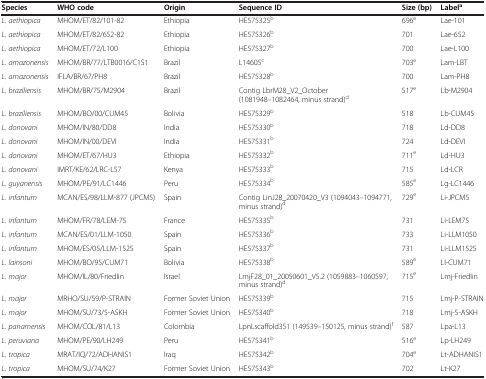
<table><thead><tr><td><b>Species</b></td><td><b>WHO code</b></td><td><b>Origin</b></td><td><b>Sequence ID</b></td><td><b>Size (bp)</b></td><td><b>Label<sup>a</sup></b></td></tr></thead><tbody><tr><td><i>L. aethiopica</i></td><td>MHOM/ET/82/101-82</td><td>Ethiopia</td><td>HE575325<sup>b</sup></td><td>696<sup>e</sup></td><td>Lae-101</td></tr><tr><td><i>L. aethiopica</i></td><td>MHOM/ET/82/652-82</td><td>Ethiopia</td><td>HE575326<sup>b</sup></td><td>701</td><td>Lae-652</td></tr><tr><td><i>L. aethiopica</i></td><td>MHOM/ET/72/L100</td><td>Ethiopia</td><td>HE575327<sup>b</sup></td><td>700</td><td>Lae-L100</td></tr><tr><td><i>L. amazonensis</i></td><td>MHOM/BR/77/LTB0016/C1S1</td><td>Brazil</td><td>L14605<sup>c</sup></td><td>703<sup>e</sup></td><td>Lam-LBT</td></tr><tr><td><i>L. amazonensis</i></td><td>IFLA/BR/67/PH8</td><td>Brazil</td><td>HE575328<sup>b</sup></td><td>700</td><td>Lam-PH8</td></tr><tr><td><i>L. braziliensis</i></td><td>MHOM/BR/75/M2904</td><td>Brazil</td><td>Contig LbrM28_V2_October (1081948–1082464, minus strand)<sup>d</sup></td><td>517<sup>e</sup></td><td>Lb-M2904</td></tr><tr><td><i>L. braziliensis</i></td><td>MHOM/BO/00/CUM45</td><td>Bolivia</td><td>HE575329<sup>b</sup></td><td>518</td><td>Lb-CUM45</td></tr><tr><td><i>L. donovani</i></td><td>MHOM/IN/80/DD8</td><td>India</td><td>HE575330<sup>b</sup></td><td>718</td><td>Ld-DD8</td></tr><tr><td><i>L. donovani</i></td><td>MHOM/IN/00/DEVI</td><td>India</td><td>HE575331<sup>b</sup></td><td>724</td><td>Ld-DEVI</td></tr><tr><td><i>L. donovani</i></td><td>MHOM/ET/67/HU3</td><td>Ethiopia</td><td>HE575332<sup>b</sup></td><td>711<sup>e</sup></td><td>Ld-HU3</td></tr><tr><td><i>L. donovani</i></td><td>IMRT/KE/62/LRC-L57</td><td>Kenya</td><td>HE575333<sup>b</sup></td><td>715</td><td>Ld-LCR</td></tr><tr><td><i>L. guyanensis</i></td><td>MHOM/PE/91/LC1446</td><td>Peru</td><td>HE575334<sup>b</sup></td><td>585<sup>e</sup></td><td>Lg-LC1446</td></tr><tr><td><i>L. infantum</i></td><td>MCAN/ES/98/LLM-877 (JPCM5)</td><td>Spain</td><td>Contig LinJ28_20070420_V3 (1094043–1094771, minus strand)<sup>d</sup></td><td>729<sup>e</sup></td><td>Li-JPCM5</td></tr><tr><td><i>L. infantum</i></td><td>MHOM/FR/78/LEM-75</td><td>France</td><td>HE575335<sup>b</sup></td><td>731</td><td>Li-LEM75</td></tr><tr><td><i>L. infantum</i></td><td>MCAN/ES/01/LLM-1050</td><td>Spain</td><td>HE575336<sup>b</sup></td><td>733</td><td>Li-LLM1050</td></tr><tr><td><i>L. infantum</i></td><td>MHOM/ES/05/LLM-1525</td><td>Spain</td><td>HE575337<sup>b</sup></td><td>731</td><td>Li-LLM1525</td></tr><tr><td><i>L. lainsoni</i></td><td>MHOM/BO/95/CUM71</td><td>Bolivia</td><td>HE575338<sup>b</sup></td><td>589<sup>e</sup></td><td>Ll-CUM71</td></tr><tr><td><i>L. major</i></td><td>MHOM/IL/80/Friedlin</td><td>Israel</td><td>LmjF28_01_20050601_V5.2 (1059883–1060597, minus strand)<sup>d</sup></td><td>715<sup>e</sup></td><td>Lmj-Friedlin</td></tr><tr><td><i>L. major</i></td><td>MRHO/SU/59/P-STRAIN</td><td>Former Soviet Union</td><td>HE575339<sup>b</sup></td><td>715</td><td>Lmj-P-STRAIN</td></tr><tr><td><i>L. major</i></td><td>MHOM/SU/73/5-ASKH</td><td>Former Soviet Union</td><td>HE575340<sup>b</sup></td><td>718</td><td>Lmj-5-ASKH</td></tr><tr><td><i>L. panamensis</i></td><td>MHOM/COL/81/L13</td><td>Colombia</td><td>LpnLscaffold351 (149539–150125, minus strand)<sup>f</sup></td><td>587</td><td>Lpa-L13</td></tr><tr><td><i>L. peruviana</i></td><td>MHOM/PE/90/LH249</td><td>Peru</td><td>HE575341<sup>b</sup></td><td>516<sup>e</sup></td><td>Lp-LH249</td></tr><tr><td><i>L. tropica</i></td><td>MRAT/IQ/72/ADHANIS1</td><td>Iraq</td><td>HE575342<sup>b</sup></td><td>704<sup>e</sup></td><td>Lt-ADHANIS1</td></tr><tr><td><i>L. tropica</i></td><td>MHOM/SU/74/K27</td><td>Former Soviet Union</td><td>HE575343<sup>b</sup></td><td>702</td><td>Lt-K27</td></tr></tbody></table>